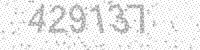
Solution: 429137